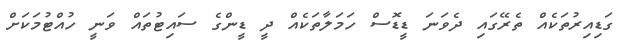
ގަޑިއިރުތަކެއް ތެރޭގައި ދެވަނަ ޑީޑޮސް ހަމަލާތަކެއް ދީ ޑީންގެ ސައިޓުތައް ވަނީ ހުއްޓުމަކަށް